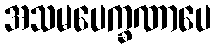
အသမပေက္ခဏာပေ